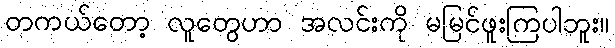
တကယ်တော့ လူတွေဟာ အလင်းကို မမြင်ဖူးကြပါဘူး။